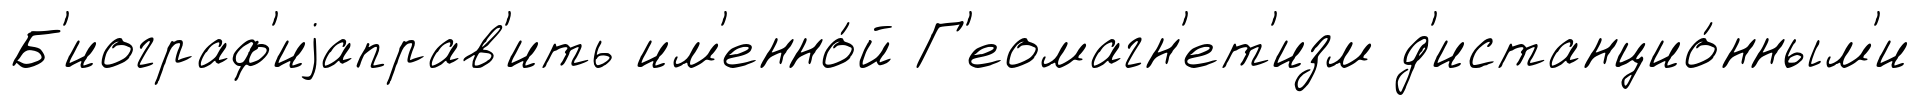
Б'иограф'иjаправ'ить им'енно́й Г'еомагн'ет'изм д'истанцио́нным'и